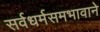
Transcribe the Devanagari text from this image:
सर्वधर्मसमभावाने